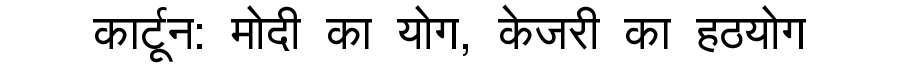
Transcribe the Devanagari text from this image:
कार्टून: मोदी का योग, केजरी का हठयोग